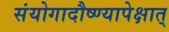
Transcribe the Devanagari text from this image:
संयोगादौष्ण्यापेक्षात्